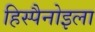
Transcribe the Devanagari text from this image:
हिस्पैनोइला